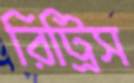
রিট্রিস